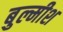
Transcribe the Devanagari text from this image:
बुल्मीश